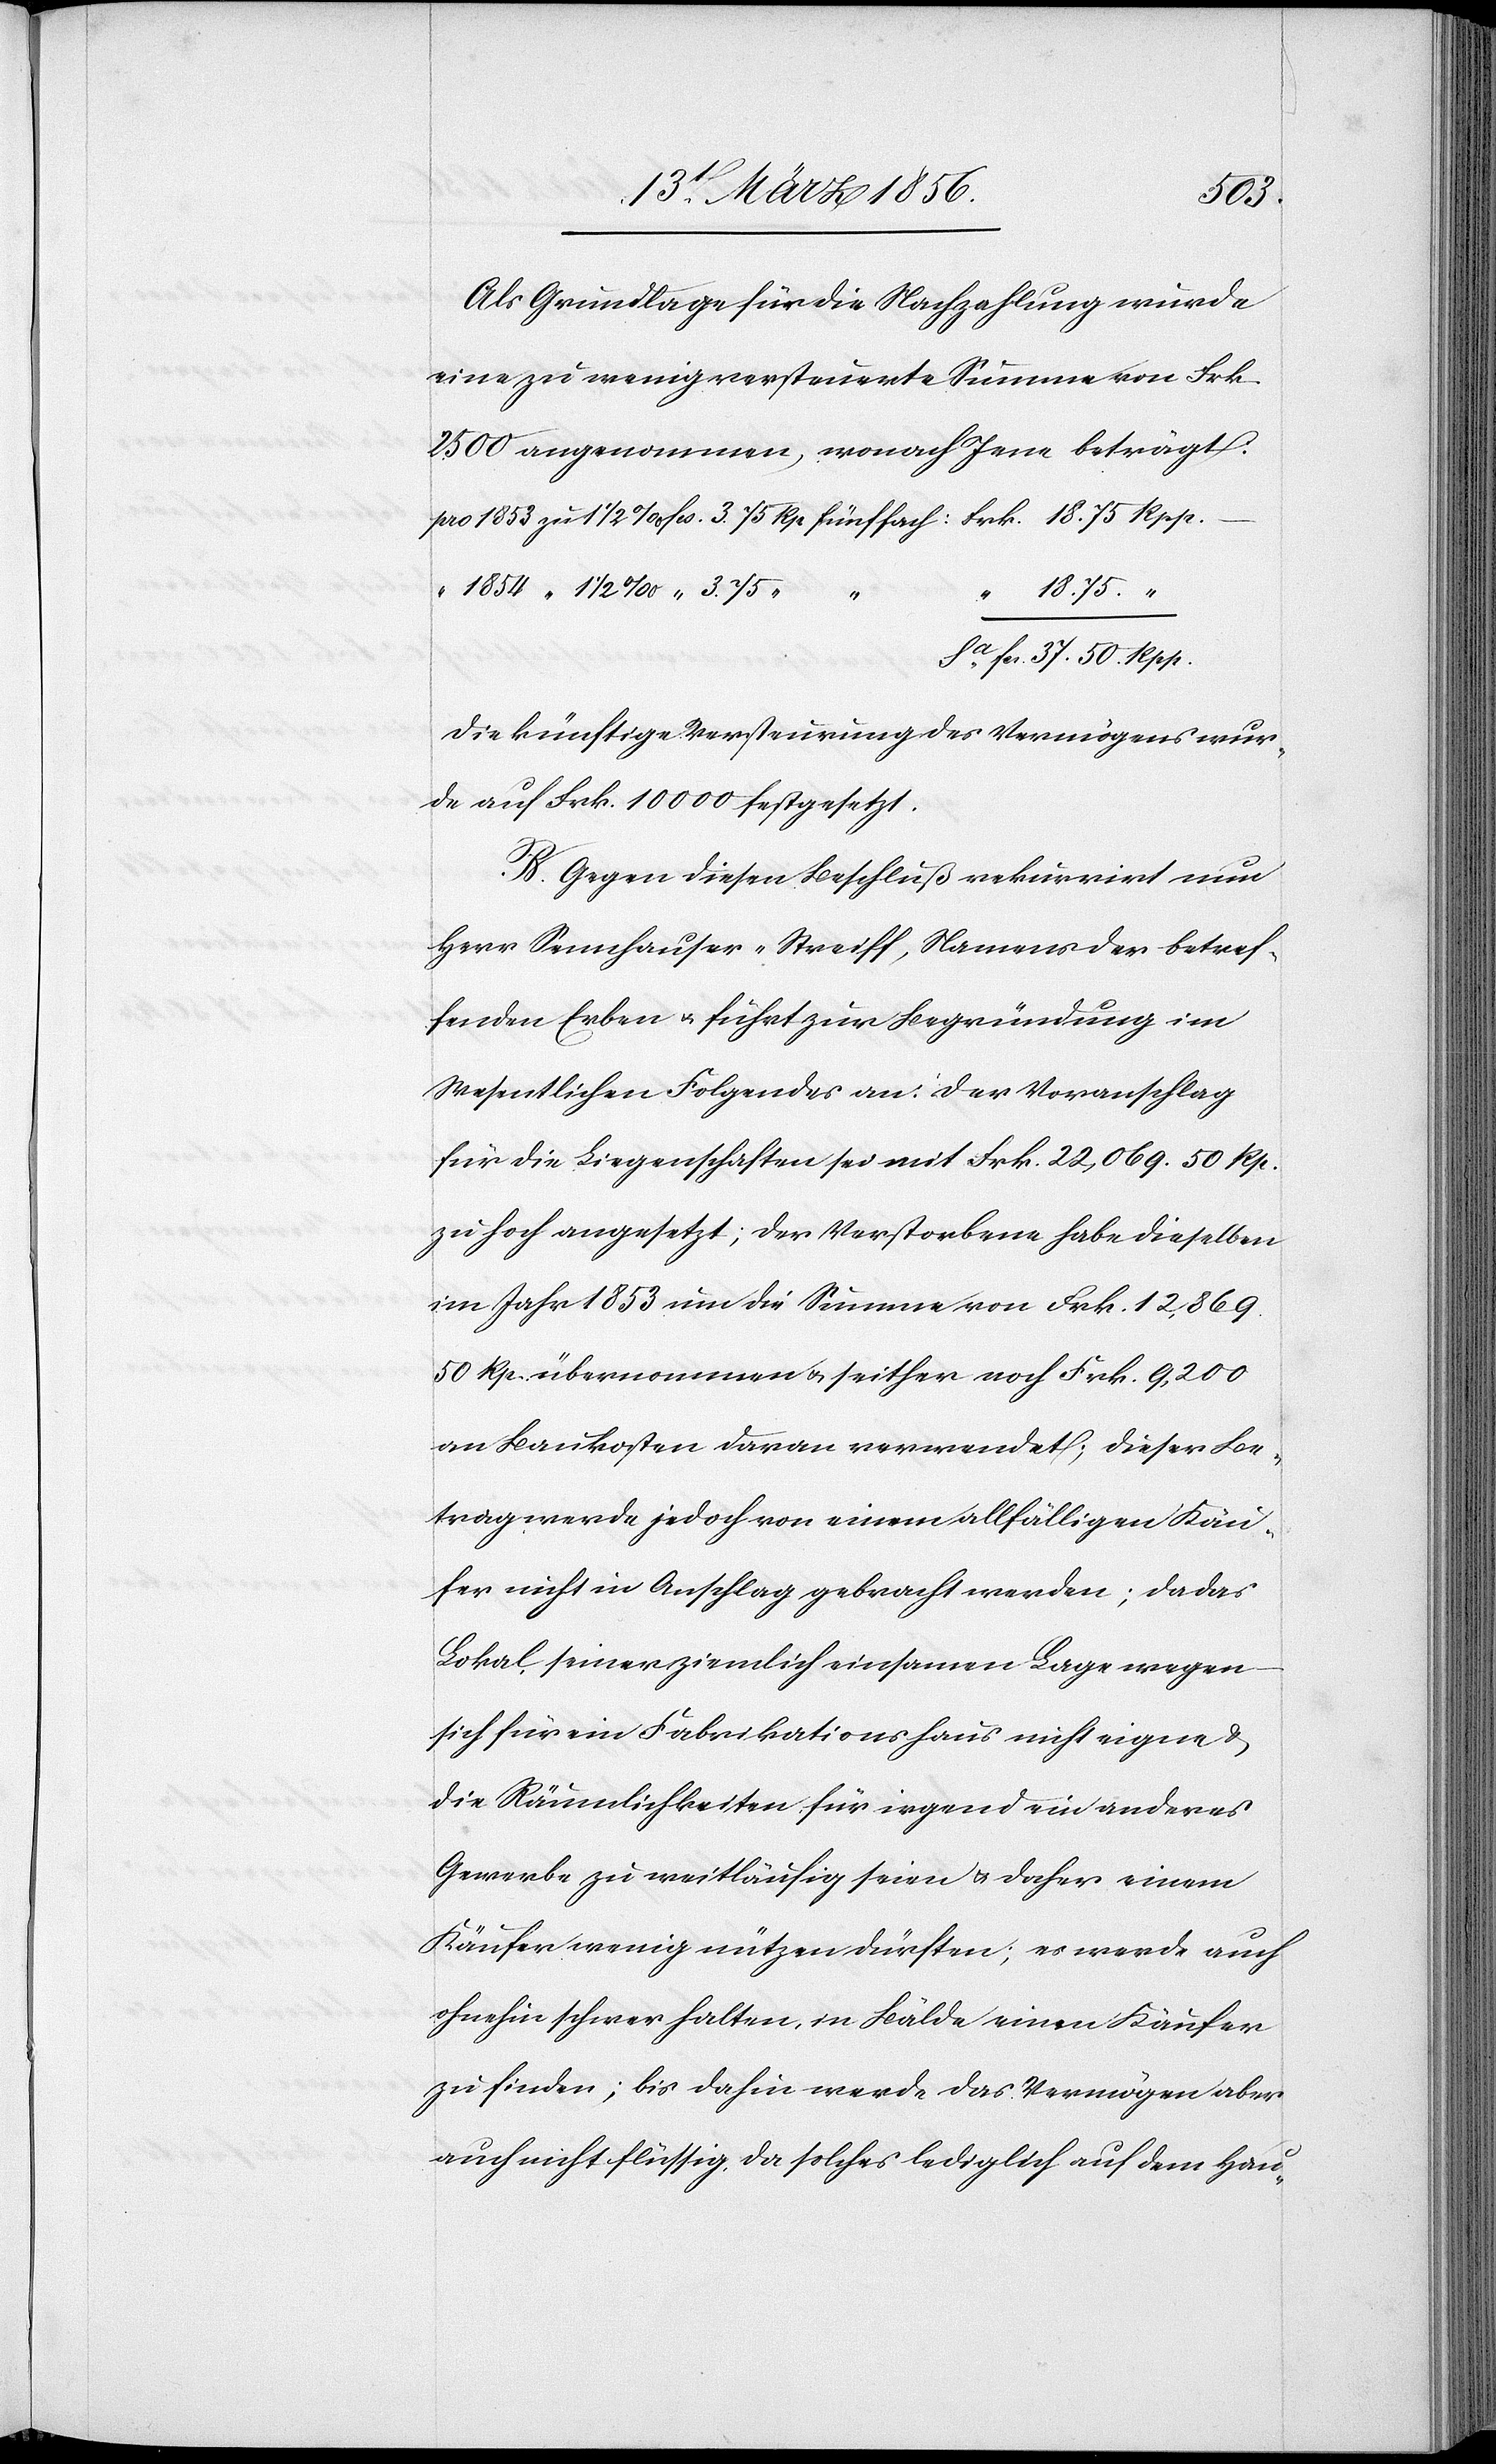
37.50.
Als Grundlage für die Nachzahlung wurde
eine zu wenig versteuerte Summe von Frk.
2500 angenommen, wonach Jene beträgt:
18.75.
“
Die künftige Versteurung des Vermögens wur¬
de auf Frk. 10000 festgesetzt.
B. Gegen diesen Beschluß rekurrirt nun
Herr Sennhauser-Streiff, Namens der betref¬
fenden Erben u. führt zur Begründung im
Wesentlichen Folgendes an: Der Voranschlag
für die Liegenschaften sei mit Frk. 22,069. 50 Rp.
zu hoch angesetzt; der Verstorbene habe dieselben
im Jahr 1853 um die Summe von Frk. 12,869.
50 Rp. übernommen u. seither noch Frk. 9,200
an Baukosten daran verwendet; dieser Be¬
trag werde jedoch von einem allfälligen Käu¬
fer nicht in Anschlag gebracht werden; da das
Lokal, seiner ziemlich einsamen Lage wegen
sich für ein Fabrikationshaus nicht eigne &
die Räumlichkeiten für irgend ein anderes
Gewerbe zu weitläufig seien u. daher einem
Käufer wenig nützen dürften; es werde auch
ohnehin schwer halten, in Bälde einen Käufer
zu finden; bis dahin werde das Vermögen aber
auch nicht flüssig, da solches lediglich auf dem Hau-